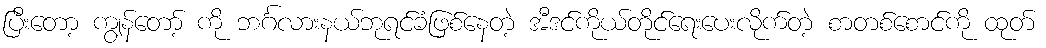
ပြီးတော့ ကျွန်တော့် ကို ဘင်္ဂလားနယ်ဘုရင်ခံဖြစ်နေတဲ့ အီဒင်ကိုယ်တိုင်ရေးပေးလိုက်တဲ့ စာတစ်စောင်ကို ထုတ်